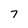
Character: 7